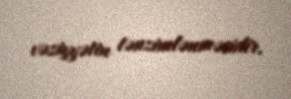
vəziyyətin tənzimlənməsidir.